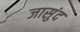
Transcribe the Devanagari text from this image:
जासुंद